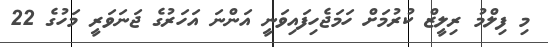
މި ފިލްމު ރިލީޒް ކުރުމަށް ހަމަޖެހިފައިވަނީ އަންނަ އަހަރުގެ ޖަނަވަރީ މަހުގެ 22